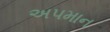
અ૫માન